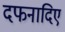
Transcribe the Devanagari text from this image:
दफनादिए